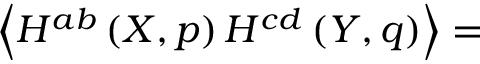
\left\langle H ^ { a b } \left( X , p \right) H ^ { c d } \left( Y , q \right) \right\rangle =